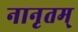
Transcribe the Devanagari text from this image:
नानृतम्